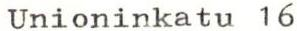
Unioninkatu 16